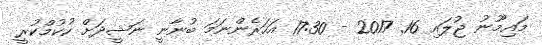
މައިމޫނު ޖުލައި 16